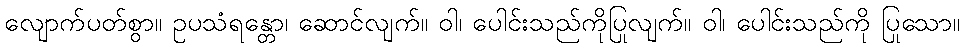
လျောက်ပတ်စွာ။ ဥပသံရန္တော၊ ဆောင်လျက်။ ဝါ၊ ပေါင်းသည်ကိုပြုလျက်။ ဝါ၊ ပေါင်းသည်ကို ပြုသော။